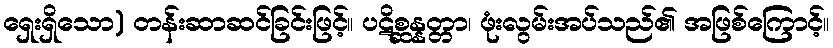
ရှေးရှိသော) တန်းဆာဆင်ခြင်းဖြင့်။ ပဋိစ္ဆန္နတ္တာ၊ ဖုံးလွမ်းအပ်သည်၏ အဖြစ်ကြောင့်။